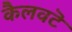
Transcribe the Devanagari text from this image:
कैलवटॆ